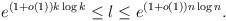
LaTeX: \begin{align*} e^{(1+o(1))k \log k}\le l\le e^{(1+o(1)) n\log n}. \end{align*}